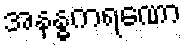
အနန္ဓကရဏော